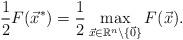
LaTeX: \begin{align*}\frac12 F({\vec x^*})= \frac12 \max\limits_{\vec x\in\mathbb{R}^n \setminus \{\vec0\}}F(\vec x).\end{align*}